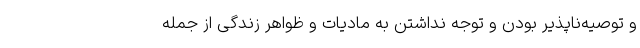
و توصیه‌ناپذیر بودن و توجه نداشتن به مادیات و ظواهر زندگی از جمله